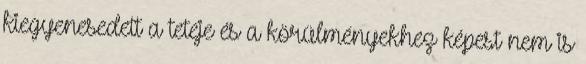
kiegyenesedett a teteje és a körülményekhez képest nem is